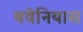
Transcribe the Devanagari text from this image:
बवेनियास